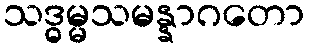
သဒ္ဓမ္မသမန္နာဂတော